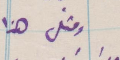
ومثل هذا